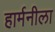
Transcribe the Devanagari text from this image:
हार्मनीला